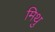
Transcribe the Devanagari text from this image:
मिथु